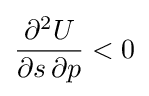
{\frac {\partial ^{2}U}{\partial s\,\partial p}}<0